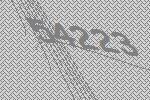
54223